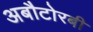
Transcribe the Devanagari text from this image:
अबौटोरबी